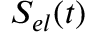
S _ { e l } ( t )